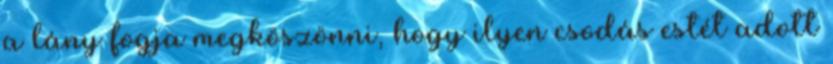
a lány fogja megköszönni, hogy ilyen csodás estét adott